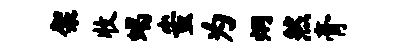
架收蝎蚩为炯然膏